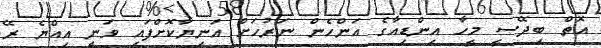
އޮތް ބިދޭސީ މީހާ އިންޑިއާގެ އަންހެން ނަރުހަށް އަނިޔާކޮށްފައި ވަނީ އިއްޔެ ރޭ